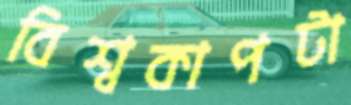
বিশ্বকাপটা